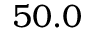
5 0 . 0